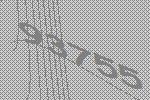
93755